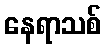
နေရာသစ်